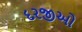
દરજીઓ